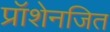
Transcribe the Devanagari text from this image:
प्रॉशेनजित